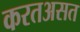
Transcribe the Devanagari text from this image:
करतअसत